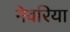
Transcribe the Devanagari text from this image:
नेवरिया